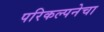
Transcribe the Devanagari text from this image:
परिकल्पनेचा